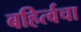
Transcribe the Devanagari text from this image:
बहिर्त्वचा